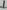
Text: 1